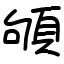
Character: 䪷